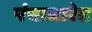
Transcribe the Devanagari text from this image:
पंचाधारेत